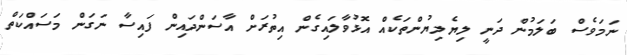
ނަމަވެސް ބަލަމުން ދަނީ ލިޔެލިޔުންތަކެއް އޮޅުވާލައިގެން އިތުރަށް އާސަންދައިން ފައިސާ ނަގަން މަސައްކަތް